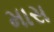
માસ